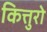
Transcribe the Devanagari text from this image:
कित्तुरो